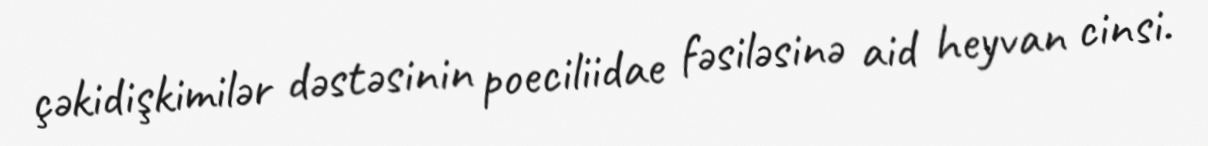
çəkidişkimilər dəstəsinin poeciliidae fəsiləsinə aid heyvan cinsi.